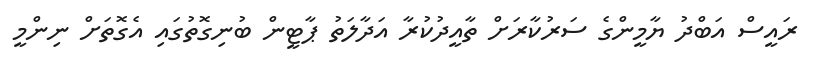
ރައީސް އަބްދު ޔާމީންގެ ސަރުކާރަށް ތާއީދުކުރާ އަދާލަތު ޕާޓީން ބުނިގޮތުގައި އެގޮތަށް ނިންމީ